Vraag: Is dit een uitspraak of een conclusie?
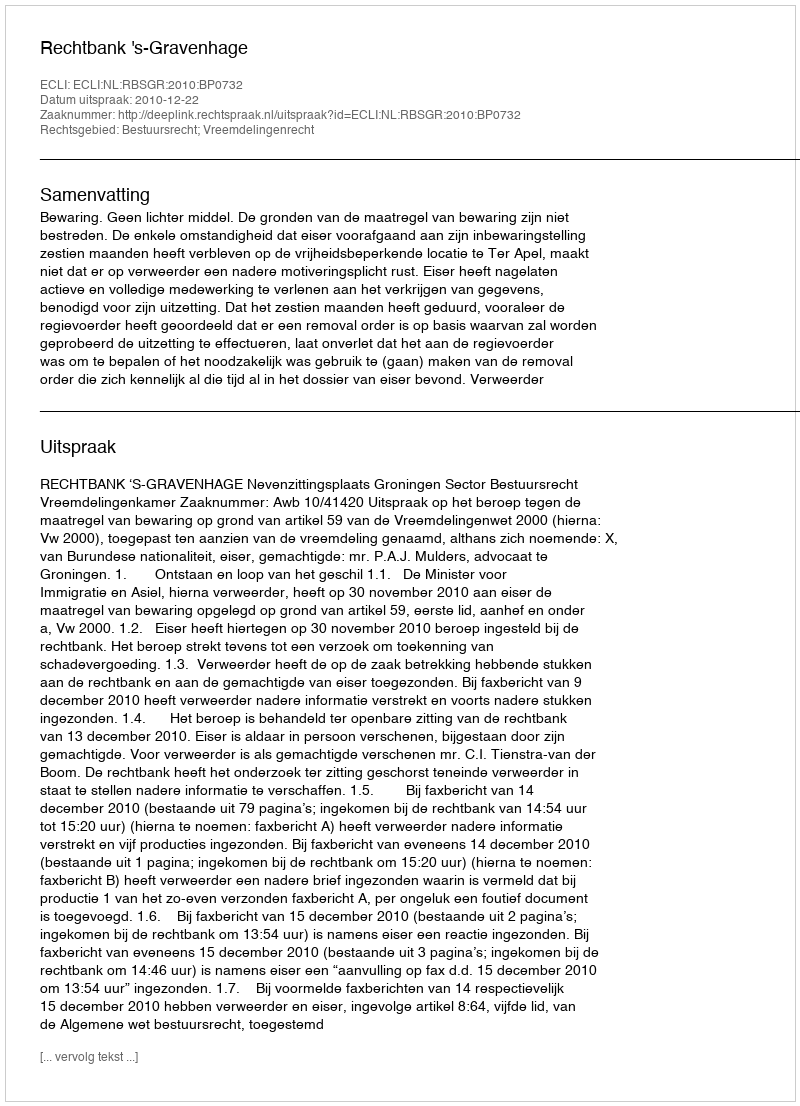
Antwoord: Uitspraak